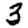
Digit: 3